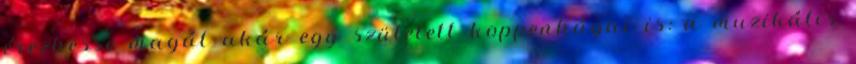
érezhesse magát akár egy született koppenhágai is: a muzikális